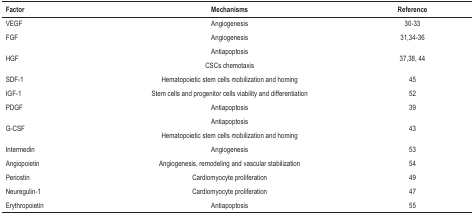
<table><thead><tr><td><b>Factor</b></td><td><b>Mechanisms</b></td><td><b>Reference</b></td></tr></thead><tbody><tr><td>VEGF</td><td>Angiogenesis</td><td>30-33</td></tr><tr><td>FGF</td><td>Angiogenesis</td><td>31,34-36</td></tr><tr><td rowspan="2">HGF</td><td>Antiapoptosis</td><td rowspan="2">37,38, 44</td></tr><tr><td>CSCs chemotaxis</td></tr><tr><td>SDF-1</td><td>Hematopoietic stem cells mobilization andhoming</td><td>45</td></tr><tr><td>IGF-1</td><td>Stem cells and progenitor cells viability anddifferentiation</td><td>52</td></tr><tr><td>PDGF</td><td>Antiapoptosis</td><td>39</td></tr><tr><td rowspan="2">G-CSF</td><td>Antiapoptosis</td><td rowspan="2">43</td></tr><tr><td>Hematopoietic stem cells mobilization andhoming</td></tr><tr><td>Intermedin</td><td>Angiogenesis</td><td>53</td></tr><tr><td>Angiopoietin</td><td>Angiogenesis, remodeling and vascularstabilization</td><td>54</td></tr><tr><td>Periostin</td><td>Cardiomyocyte proliferation</td><td>49</td></tr><tr><td>Neuregulin-1</td><td>Cardiomyocyte proliferation</td><td>47</td></tr><tr><td>Erythropoietin</td><td>Antiapoptosis</td><td>55</td></tr></tbody></table>